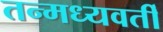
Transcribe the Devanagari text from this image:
तन्मध्यवर्ती